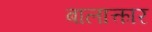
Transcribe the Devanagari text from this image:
बालात्कार